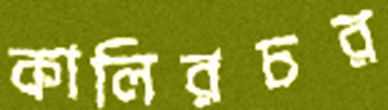
কালিরচর